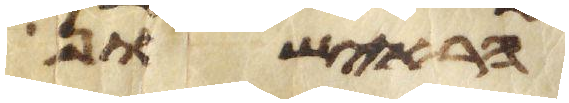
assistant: הראישון